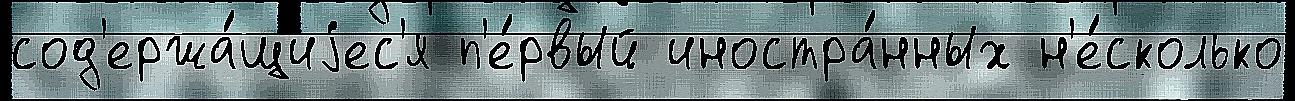
сод'ержа́щиjес'я п'е́рвый иностра́нных н'е́сколько